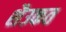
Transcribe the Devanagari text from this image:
शैउकत